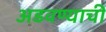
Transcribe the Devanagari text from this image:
अडवण्याची